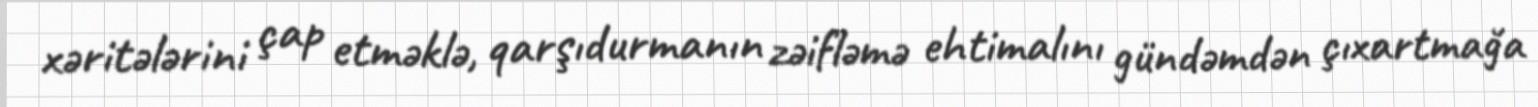
xəritələrini çap etməklə, qarşıdurmanın zəifləmə ehtimalını gündəmdən çıxartmağa